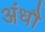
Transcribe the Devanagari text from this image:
अंधौ